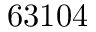
6 3 1 0 4